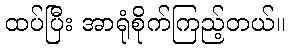
ထပ်ပြီး အာရုံစိုက်ကြည့်တယ်။